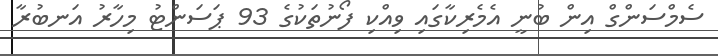
ސެމްސަންގް އިން ބުނީ އެމެރިކާގައި ވިއްކި ފޯނުތަކުގެ 93 ޕަސަންޓު މިހާރު އަނބުރާ